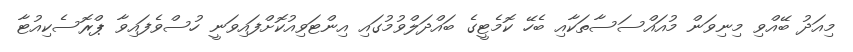
މިއަދު ބޭއްވި މިނިވަން މުއައްސަސާތަކާއި ބެހޭ ކޮމެޓީގެ ބައްދަލްވުމުގައި އިންޓަވިއުކޮށްފައިވަނީ ހުސްވެފައިވާ ޕްރޮސެކިއުޓާ